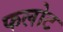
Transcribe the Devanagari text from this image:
फलोट